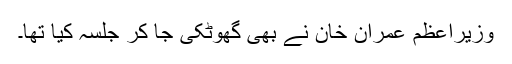
وزیراعظم عمران خان نے بھی گھوٹکی جا کر جلسہ کیا تھا۔